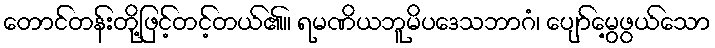
တောင်တန်းတို့ဖြင့်တင့်တယ်၏။ ရမဏိယဘူမိပဒေသဘာဂံ၊ ပျော်မွေ့ဖွယ်သော